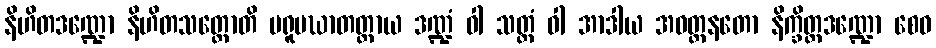
နိဟိတဒဏ္ဍော နိဟိတသတ္ထောတိ ပရူပဃာတတ္ထာယ ဒဏ္ဍံ ဝါ သတ္ထံ ဝါ အာဒါယ အဝတ္တနတော နိက္ခိတ္တဒဏ္ဍော စေဝ